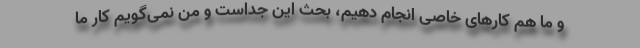
و ما هم کارهای خاصی انجام دهیم، بحث این جداست و من نمی‌گویم کار ما